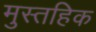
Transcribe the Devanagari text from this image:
मुस्तहिक